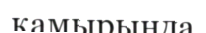
қамырында